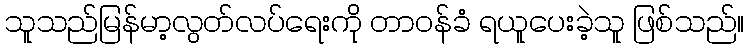
သူသည်မြန်မာ့လွတ်လပ်ရေးကို တာဝန်ခံ ရယူပေးခဲ့သူ ဖြစ်သည်။